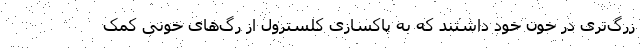
زرگ‌تری در خون خود داشتند که به پاکسازی کلسترول از رگ‌های خونی کمک